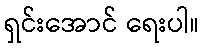
ရှင်းအောင် ရေးပါ။